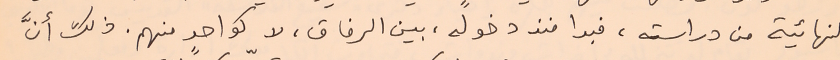
النهائية من دراسته، فبدا منذ دخوله، بين الرفاق، لا كواحدٍ منهم. ذلك أنَّ